Civil Veterinary Dept. Bombay admin report 1932-41 - 1932-1941
Year: 1932
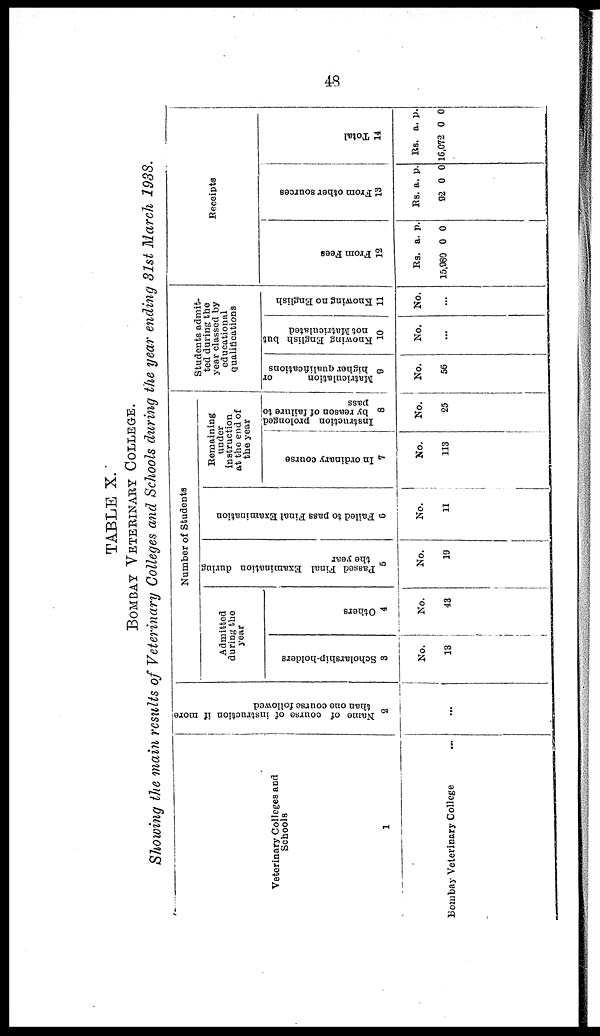
48
TABLE X.
BOMBAY VETERINARY COLLEGE.
Showing the main results of Veterinary Colleges and Schools during the year ending 31st March 1938.
Veterinary Colleges and
Schools
1
Bombay Veterinary College ...
Name of course of instruction if more
than one course followed
2
...
Number of Students
Admitted
during the
year
Scholarship-holders
3
No.
13
Others
4
No.
43
Passed Final Examination during
the year
5
No.
19
Failed to pass Final Examination
6
No.
11
Remaining
under
instruction
at the end of
the year
In ordinary course
7
No.
113
Instruction prolonged
by reason of failure to
pass
8
No.
25
Students admit-
ted during the
year classed by
educational
qualifications
Matriculation
or
higher qualifications
9
No.
56
Knowing English but
not Matriculated
10
No.
...
Knowing no English
11
No.
...
Receipts
Fr om Fees
12
Rs.
15,980
a.
0
p.
0
Fr om ot he r s our c e s
13
Rs.
92
a.
0
p.
0
Tot al
14
Rs.
16,072
a.
0
p.
0